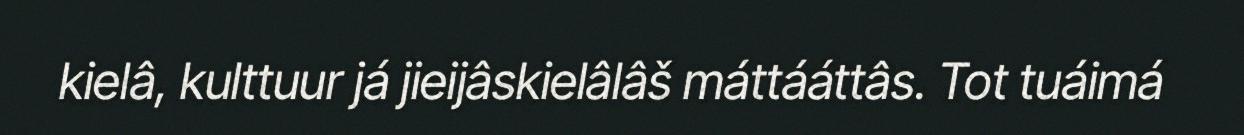
kielâ, kulttuur já jieijâskielâlâš máttááttâs. Tot tuáimá